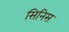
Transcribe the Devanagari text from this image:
सिनिस